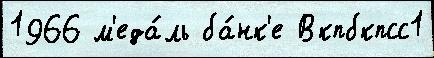
1966 м'еда́ль ба́нк'е Вкпбкпсс1